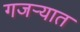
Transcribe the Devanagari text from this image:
गजर्‍यात